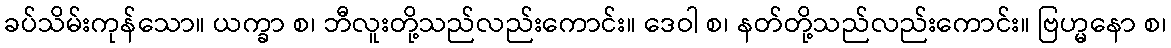
ခပ်သိမ်းကုန်သော။ ယက္ခာ စ၊ ဘီလူးတို့သည်လည်းကောင်း။ ဒေဝါ စ၊ နတ်တို့သည်လည်းကောင်း။ ဗြဟ္မနော စ၊